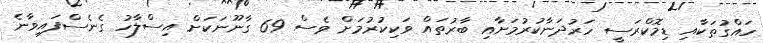
ހައްގުތަކާއި ޑިމޮކްރަސީ ހަރުދަނާކުރުމަށާއި ބާރުތައް ވަކިކުރުމަށް ވެސް 69 ގާނޫނަކަށް އިސްލާހު ގެނެސްފައިވާނެ